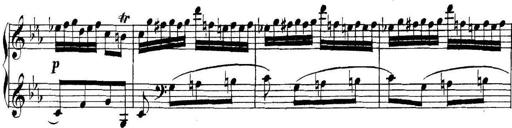
Title: Collected Piano Sonatas
Composer: Muzio Clementi